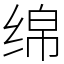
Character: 绵